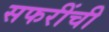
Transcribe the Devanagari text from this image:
सफरींची